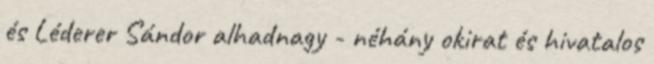
és Léderer Sándor alhadnagy - néhány okirat és hivatalos